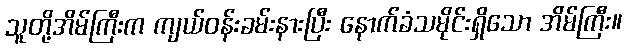
သူတို့အိမ်ကြီးက ကျယ်ဝန်းခမ်းနားပြီး နောက်ခံသမိုင်းရှိသော အိမ်ကြီး။